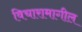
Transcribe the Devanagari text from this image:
विचारामागील